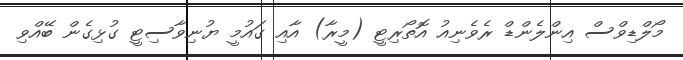
މޯލްޑިވްސް އިންލެންޑް ރެވެނިއު އޮތޯރިޓީ (މީރާ) އާއި ގައުމީ ޔުނިވާސިޓީ ގުޅިގެން ބޭއްވި